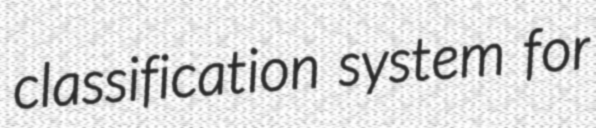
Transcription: classification system for